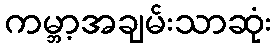
ကမ္ဘာ့အချမ်းသာဆုံး